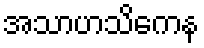
အသာဟသိကေန